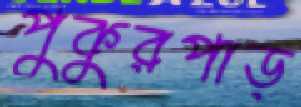
পুকুরপাড়